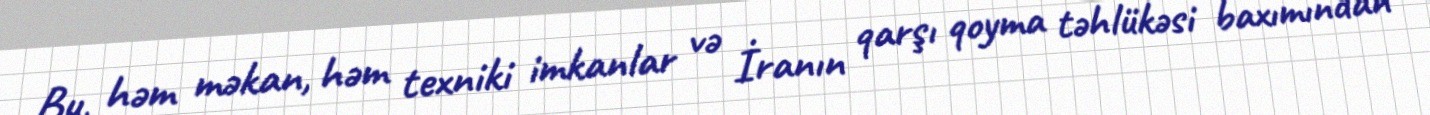
Bu, həm məkan, həm texniki imkanlar və İranın qarşı qoyma təhlükəsi baxımından